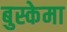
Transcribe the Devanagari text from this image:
बुस्केमा